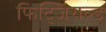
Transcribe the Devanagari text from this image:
फिट्जिराल्ड